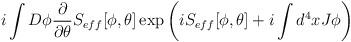
LaTeX: \begin{align*}i\int D\phi \frac{\partial }{\partial \theta }S_{eff}[\phi ,\theta ]\exp \left( iS_{eff}[\phi ,\theta ]+i\int d^{4}xJ\phi \right)\end{align*}